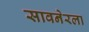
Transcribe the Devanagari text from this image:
सावनेरला